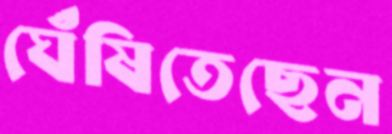
ঘেঁষিতেছেন